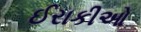
ઈરાકીઓ